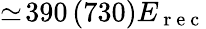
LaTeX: \simeq\! 390\, (730)E_{\mathrm{~r~e~c~}}